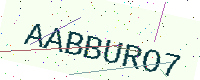
Text: AABBURO7